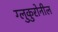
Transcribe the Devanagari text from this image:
ग्लुकुरोनील